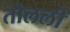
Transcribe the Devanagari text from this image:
तोलली